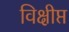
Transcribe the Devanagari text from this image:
विक्षीप्त